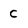
Character: C